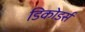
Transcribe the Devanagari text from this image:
डिकोडर्स